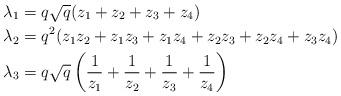
LaTeX: \begin{align*}\lambda_1&=q\sqrt{q}(z_1+z_2+z_3+z_4)\\\lambda_2&=q^2(z_1z_2+z_1z_3+z_1z_4+z_2z_3+z_2z_4+z_3z_4)\\\lambda_3&=q\sqrt{q}\left(\frac{1}{z_1}+\frac{1}{z_2}+\frac{1}{z_3}+\frac{1}{z_4}\right)\end{align*}